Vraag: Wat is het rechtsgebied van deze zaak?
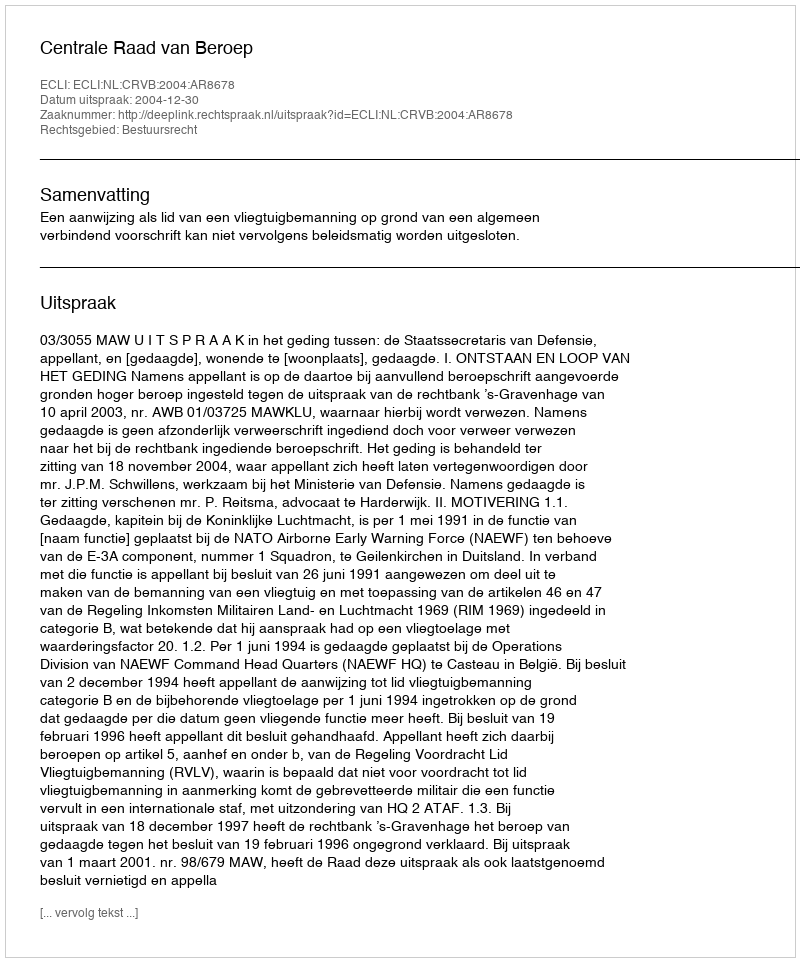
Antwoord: Bestuursrecht